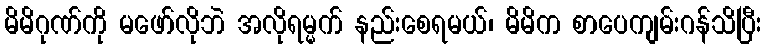
မိမိဂုဏ်ကို မဖော်လိုဘဲ အလိုရမ္မက် နည်းစေရမယ်၊ မိမိက စာပေကျမ်းဂန်သိပြီး